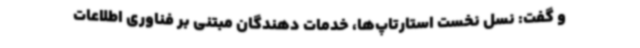
و گفت: نسل نخست استارتاپ‌ها، خدمات دهندگان مبتنی بر فناوری اطلاعات